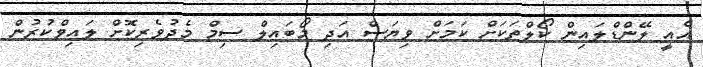
އެއީ ލޭންޑްލައިންް ކޯލްތަކަށް ކަމަށް ވިޔަސް އަދި މޯބައިލް ސިމް މެދުވެރިކޮށް ލައިވްކުރުން